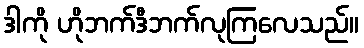
ဒါကို ဟိုဘက်ဒီဘက်လုကြလေသည်။